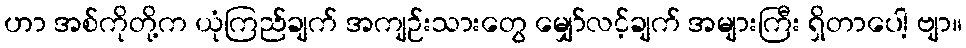
ဟာ အစ်ကိုတို့က ယုံကြည်ချက် အကျဉ်းသားတွေ မျှော်လင့်ချက် အများကြီး ရှိတာပေါ့ ဗျာ။